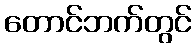
တောင်ဘက်တွင်